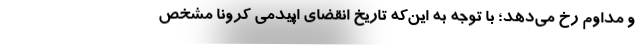
و مداوم رخ می‌‌دهد؛ با توجه به این‌‌که تاریخ انقضای اپیدمی کرونا مشخص